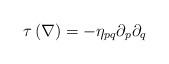
LaTeX: \begin{align*}\tau\left(\nabla\right) = -\eta_{pq}\partial_p\partial_q\end{align*}